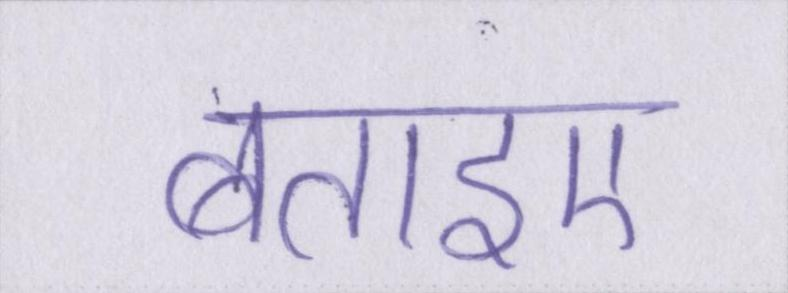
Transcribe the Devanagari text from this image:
बताइए